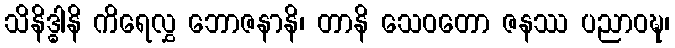
သိနိဒ္ဓါနိ ကိရေလွှ ဘောဇနာနိ၊ တာနိ သေဝတော ဇနဿ ပညာဝဍ္ဎ၊